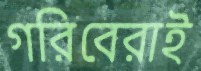
গরিবেরাই